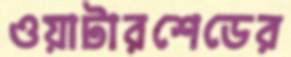
ওয়াটারশেডের